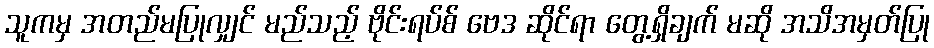
သူကမှ အတည်မပြုလျှင် မည်သည့် ဗိုင်းရပ်စ် ဗေဒ ဆိုင်ရာ တွေ့ရှိချက် မဆို အသိအမှတ်ပြု